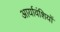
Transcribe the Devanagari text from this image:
आर्यावंशियों